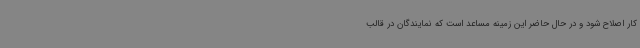
کار اصلاح شود و در حال حاضر این زمینه مساعد است که نمایندگان در قالب